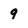
Character: 9